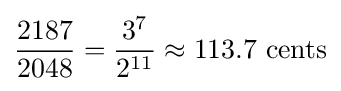
{\frac {2187}{2048}}={\frac {3^{7}}{2^{11}}}\approx 113.7{\text{ cents}}